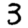
Digit: 3